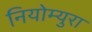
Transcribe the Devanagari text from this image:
नियोम्युरा